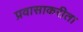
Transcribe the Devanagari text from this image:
प्रवासाकरीता